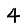
Digit: 4